Report on vaccination in Madras 1877-1894 - 1877-1894
Year: 1877
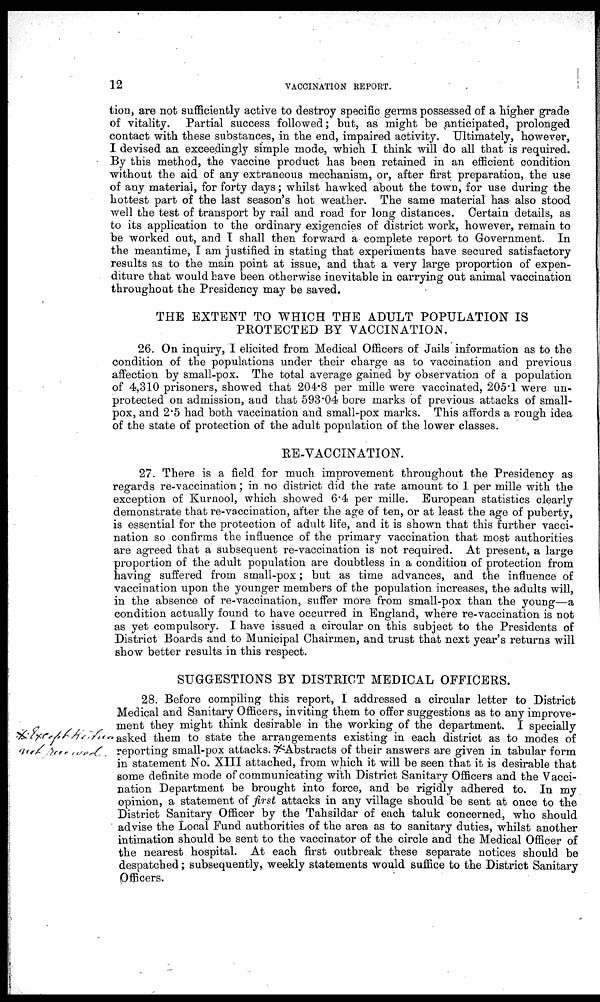
12
VACCINATION REPORT.
tion, are not sufficiently active to destroy specific germs possessed of a higher grade
of vitality. Partial success followed; but, as might be anticipated, prolonged
contact with these substances, in the end, impaired activity. Ultimately, however,
I devised an exceedingly simple mode, which I think will do all that is required.
By this method, the vaccine product has been retained in an efficient condition
without the aid of any extraneous mechanism, or, after first preparation, the use
of any material, for forty days; whilst hawked about the town, for use during the
hottest part of the last season's hot weather. The same material has also stood
well the test of transport by rail and road for long distances. Certain details, as
to its application to the ordinary exigencies of district work, however, remain to
be worked out, and I shall then forward a complete report to Government. In
the meantime, I am justified in stating that experiments have secured satisfactory
results as to the main point at issue, and that a very large proportion of expen-
diture that would have been otherwise inevitable in carrying out animal vaccination
throughout the Presidency may be saved.
THE EXTENT TO WHICH THE ADULT POPULATION IS
PROTECTED BY VACCINATION.
26. On inquiry, I elicited from Medical Officers of Jails information as to the
condition of the populations under their charge as to vaccination and previous
affection by small-pox. The total average gained by observation of a population
of 4,310 prisoners, showed that 204.8 per mille were vaccinated, 205.1 were un-
protected on admission, and that 593.04 bore marks of previous attacks of small-
pox, and 2.5 had both vaccination and small-pox marks. This affords a rough idea
of the state of protection of the adult population of the lower classes.
RE-VACCINATION.
27. There is a field for much improvement throughout the Presidency as
regards re-vaccination; in no district did the rate amount to 1 per mille with the
exception of Kurnool, which showed 6.4 per mille. European statistics clearly
demonstrate that re-vaccination, after the age of ten, or at least the age of puberty,
is essential for the protection of adult life, and it is shown that this further vacci-
nation so confirms the influence of the primary vaccination that most authorities
are agreed that a subsequent re-vaccination is not required. At present, a large
proportion of the adult population are doubtless in a condition of protection from
having suffered from small-pox; but as time advances, and the influence of
vaccination upon the younger members of the population increases, the adults will,
in the absence of re-vaccination, suffer more from small-pox than the young—a
condition actually found to have occurred in England, where re-vaccination is not
as yet compulsory. I have issued a circular on this subject to the Presidents of
District Boards and to Municipal Chairmen, and trust that next year's returns will
show better results in this respect.
SUGGESTIONS BY DISTRICT MEDICAL OFFICERS.
28. Before compiling this report, I addressed a circular letter to District
Medical and Sanitary Officers, inviting them to offer suggestions as to any improve-
ment they might think desirable in the working of the department. I specially
asked them to state the arrangements existing in each district as to modes of
reporting small-pox attacks. Abstracts of their answers are given in tabular form
in statement No. XIII attached, from which it will be seen that it is desirable that
some definite mode of communicating with District Sanitary Officers and the Vacci-
nation Department be brought into force, and be rigidly adhered to. In my
opinion, a statement of first attacks in any village should be sent at once to the
District Sanitary Officer by the Tahsildar of each taluk concerned, who should
advise the Local Fund authorities of the area as to sanitary duties, whilst another
intimation should be sent to the vaccinator of the circle and the Medical Officer of
the nearest hospital. At each first outbreak these separate notices should be
despatched; subsequently, weekly statements would suffice to the District Sanitary
Officers.